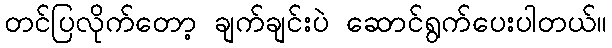
တင်ပြလိုက်တော့ ချက်ချင်းပဲ ဆောင်ရွက်ပေးပါတယ်။